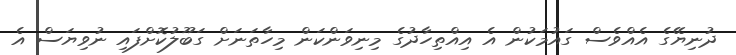
ދުނިޔޭގެ އެއްވެސް ގައުމަކުން އެ އިއްތިހާދުގެ މިނިވަންކަން މިހާތަނަށް ގަބޫލުކޮށްފައި ނުވިޔަސް އެ